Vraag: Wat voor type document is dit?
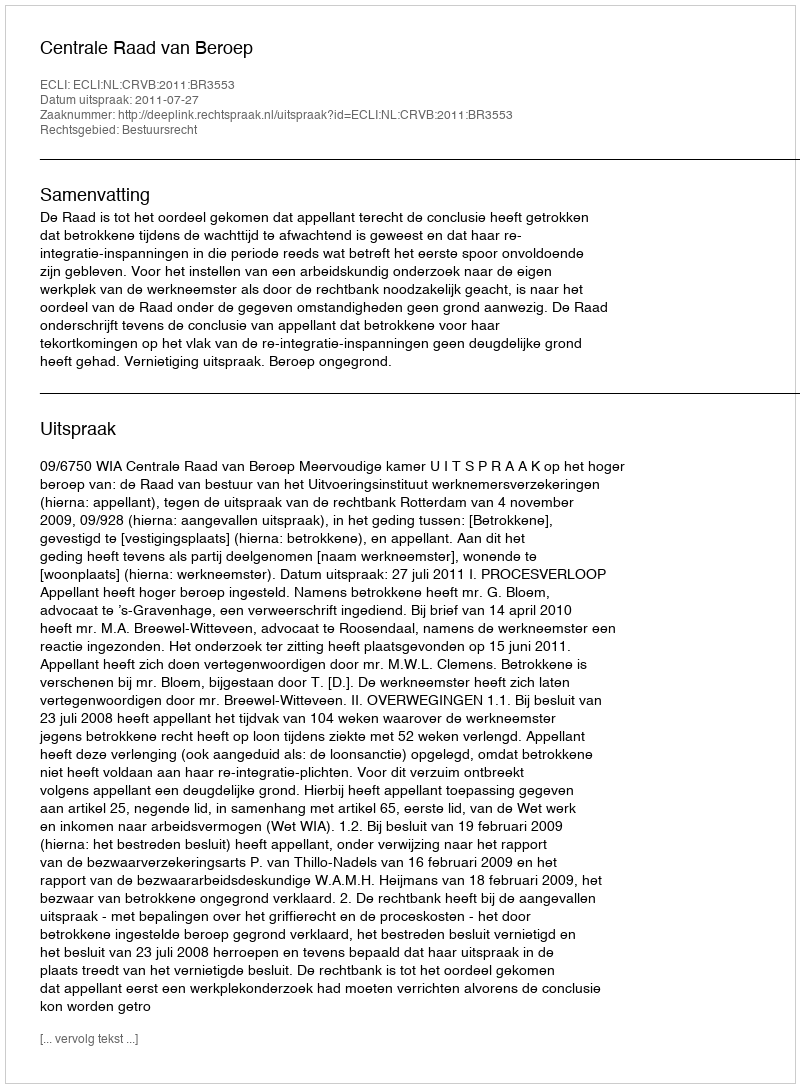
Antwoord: Uitspraak